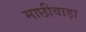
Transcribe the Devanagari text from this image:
माछीवाड़ा